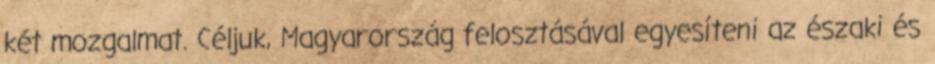
két mozgalmat. Céljuk, Magyarország felosztásával egyesíteni az északi és